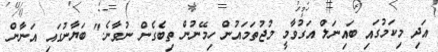
އަދި މިކަމުގައި ބައިނަލް އަގުވާމީ މުޖުތަމައުން ހިމޭނުން ތިބެގެން ނުވާނެ." ބަޔާނުގައި އަނާންް